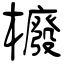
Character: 櫠